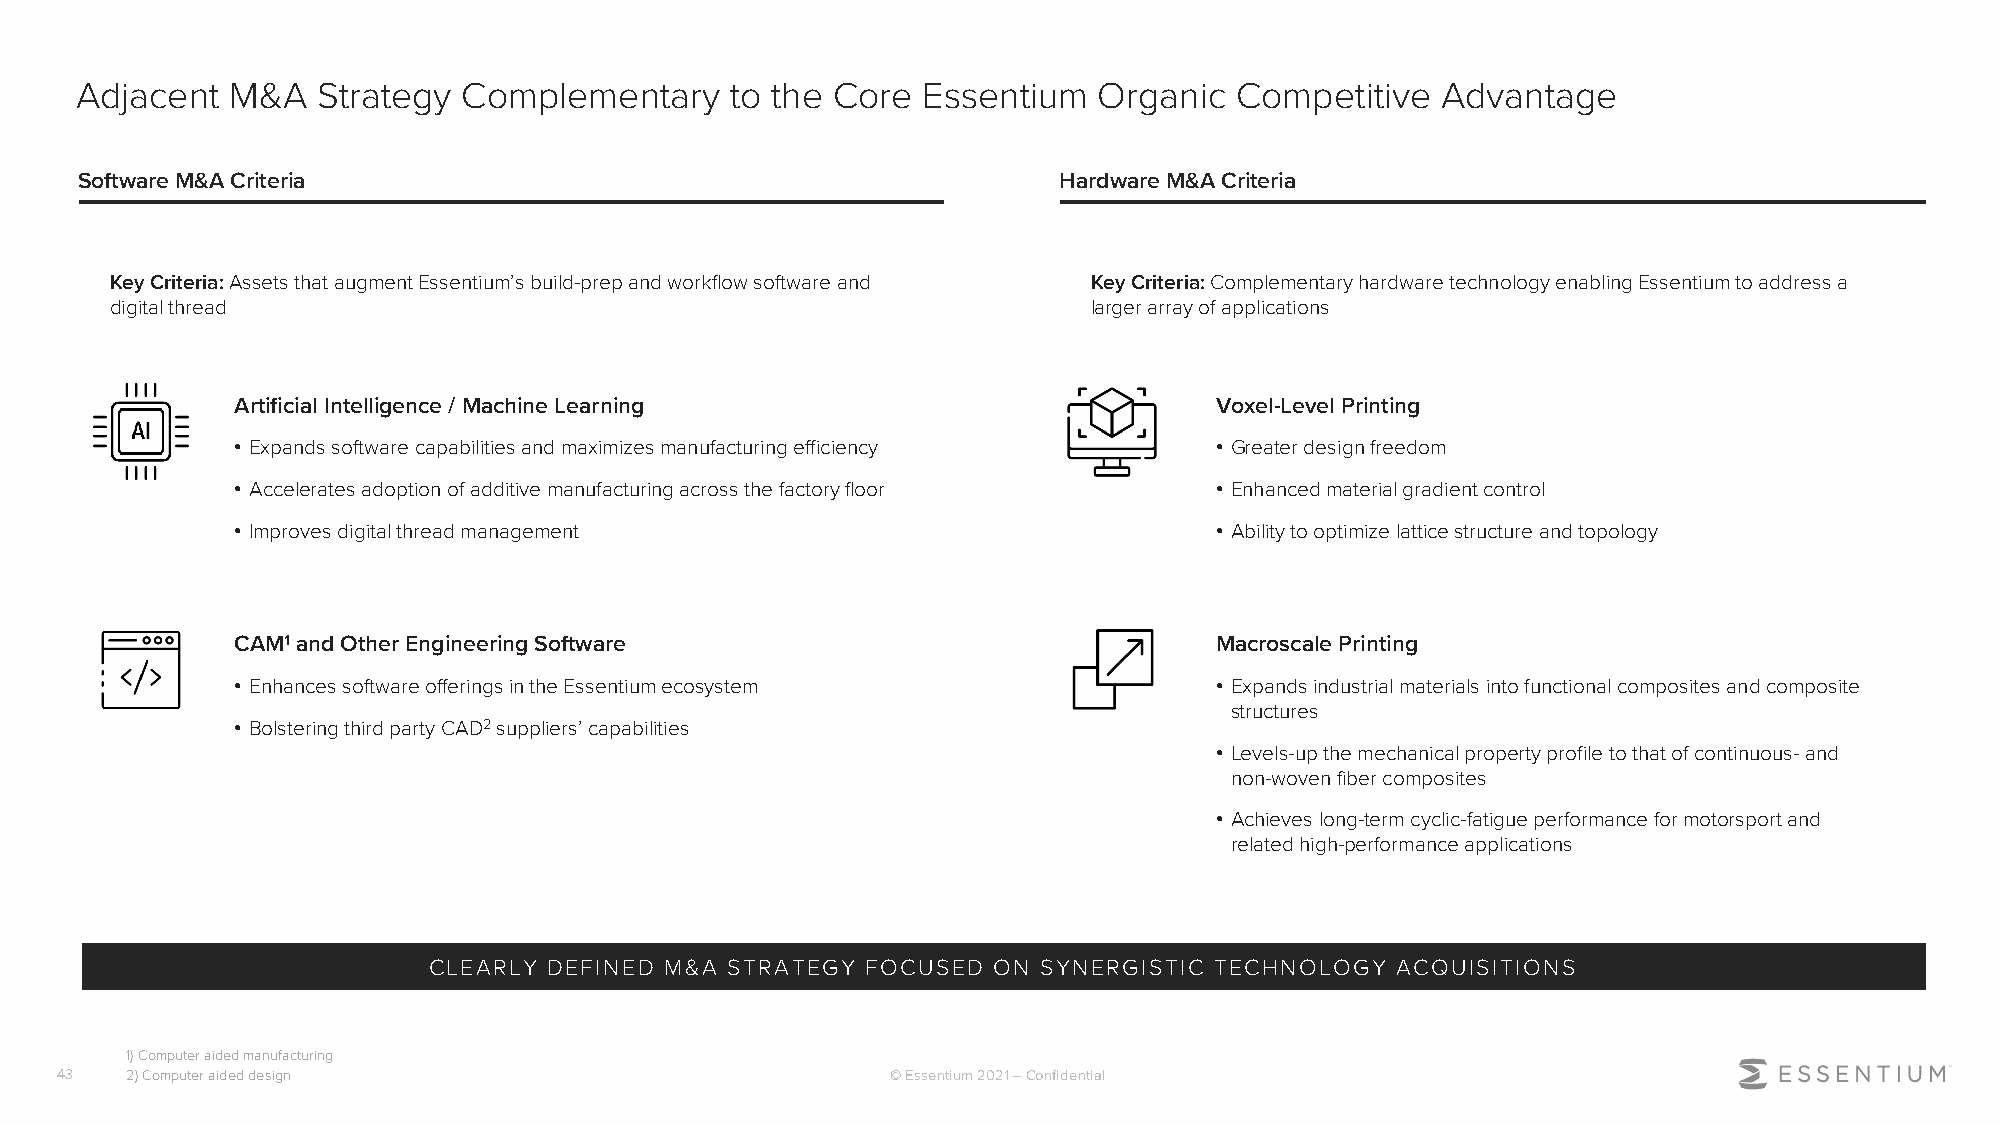
Adjacent  M&A   Strategy  Complementary    to the Core  Essentium   Organic  Competitive  Advantage
 Software M&A Criteria                                            Hardware M&A Criteria
 Key Criteria: Assets that augment Essentium’s build-prep and workflow software and Key Criteria: Complementary hardware technology enabling Essentium to address a
 digital thread                                                   larger array of applications
 Artificial Intelligence / Machine Learning                       Voxel-Level Printing
 • Expands software capabilities and maximizes manufacturing efficiency • Greater design freedom
 • Accelerates adoption of additive manufacturing across the factory floor • Enhanced material gradient control
 • Improves digital thread management                             • Ability to optimize lattice structure and topology
 CAM1and Other Engineering Software                               Macroscale Printing
 • Enhances software offerings in the Essentium ecosystem         • Expands industrial materials into functional composites and composite
 structures
 • Bolstering third party CAD2suppliers’ capabilities
 • Levels-up the mechanical property profile to that of continuous-and
 non-woven fiber composites
 • Achieves long-term cyclic-fatigue performance for motorsport and
 related high-performance applications
 CLEARLY DEFINED M&A STRATEGY FOCUSED  ON SYNERGISTIC TECHNOLOGY ACQUISITIONS
 1) Computer aided manufacturing
 43  2) Computer aided design                           © Essentium 2021 –Confidential